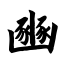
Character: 豳